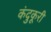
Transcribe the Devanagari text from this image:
कंदुकूरी